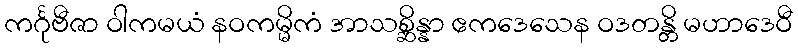
ကင်္ဂုဗီဇာ ဝါကမယံ နဝကမ္မိကံ အာသစ္ဆိန္နာ ဧကဒေသေန ဝဒတန္တိ မဟာဒေဝီ